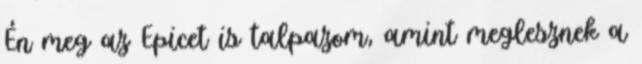
Én meg az Epicet is talpazom, amint meglesznek a